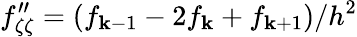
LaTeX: f_{\zeta\zeta}^{\prime\prime}=(f_{\mathbf{k}-1}-2f_{\mathbf{k}}+f_{\mathbf{k}+1})/h^{2}